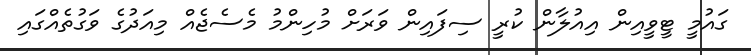
ގައުމީ ޓީވީއިން އިއުލާން ކުރީ ސިފައިން ވަރަށް މުހިންމު މެސެޖެއް މިއަދުގެ ވަގުތެއްގައި